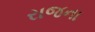
રાજના